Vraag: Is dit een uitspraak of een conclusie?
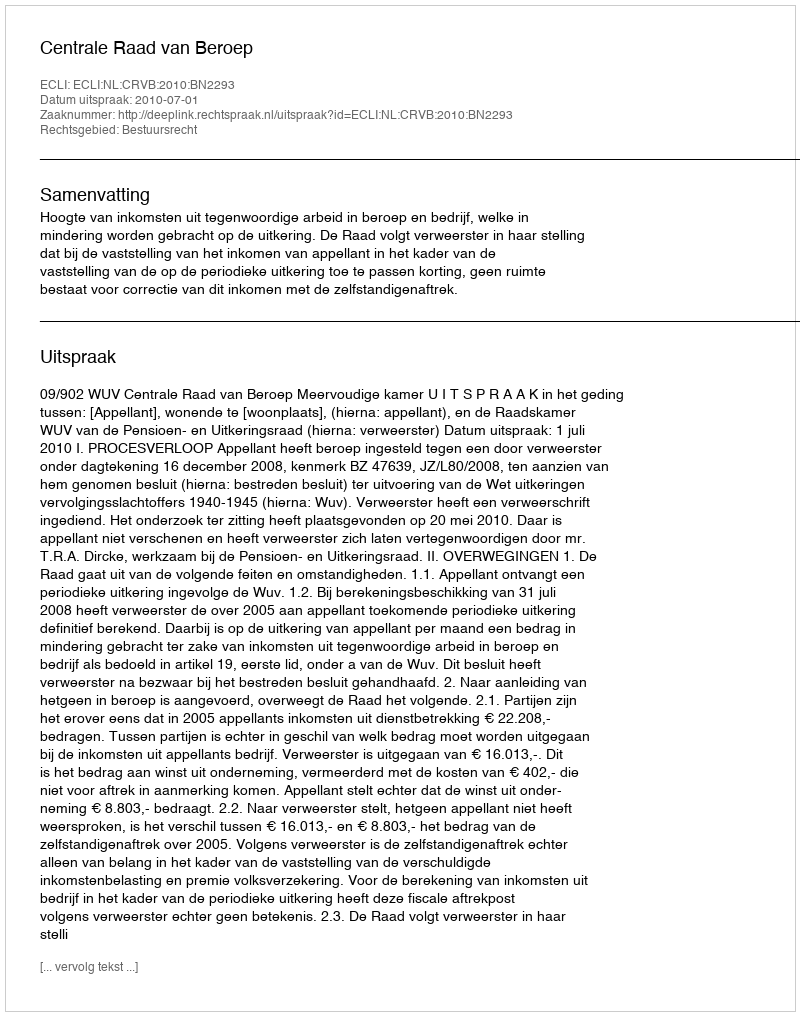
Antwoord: Uitspraak